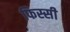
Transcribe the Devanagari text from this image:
फिस्सी